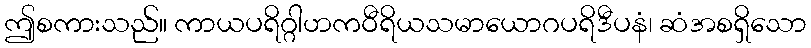
ဤစကားသည်။ ကာယပရိဂ္ဂါဟကဝီရိယသမာယောဂပရိဒီပနံ၊ ဆံအစရှိသော